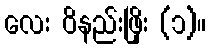
လေး ဝိနည်းဖြိုး (၁)။